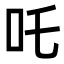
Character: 吒